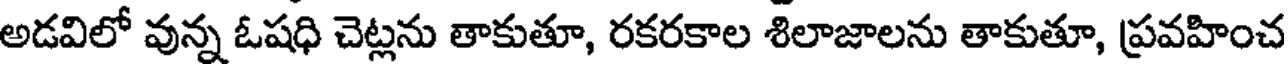
అడవిలో వున్న ఓషధి చెట్లను తాకుతూ, రకరకాల శిలాజాలను తాకుతూ, ప్రవహించ